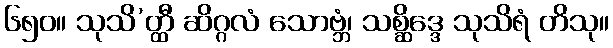
၆၅၀။ သုသိ’တ္ထီ ဆိဂ္ဂလံ သောဗ္ဘံ၊ သစ္ဆိဒ္ဒေ သုသိရံ တိသု။